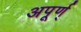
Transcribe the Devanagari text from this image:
अपूर्ण्